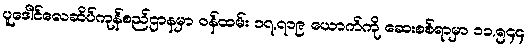
ပူဒေါင်လေဆိပ်ကုန်စည်ဌာနမှာ ဝန်ထမ်း ၁၇,၇၁၉ ယောက်ကို ဆေးစစ်ရာမှာ ၁၁,၅၄၄